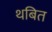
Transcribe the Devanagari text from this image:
थबित